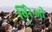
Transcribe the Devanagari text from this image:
बिरेन्जी